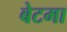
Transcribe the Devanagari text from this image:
बेटमा